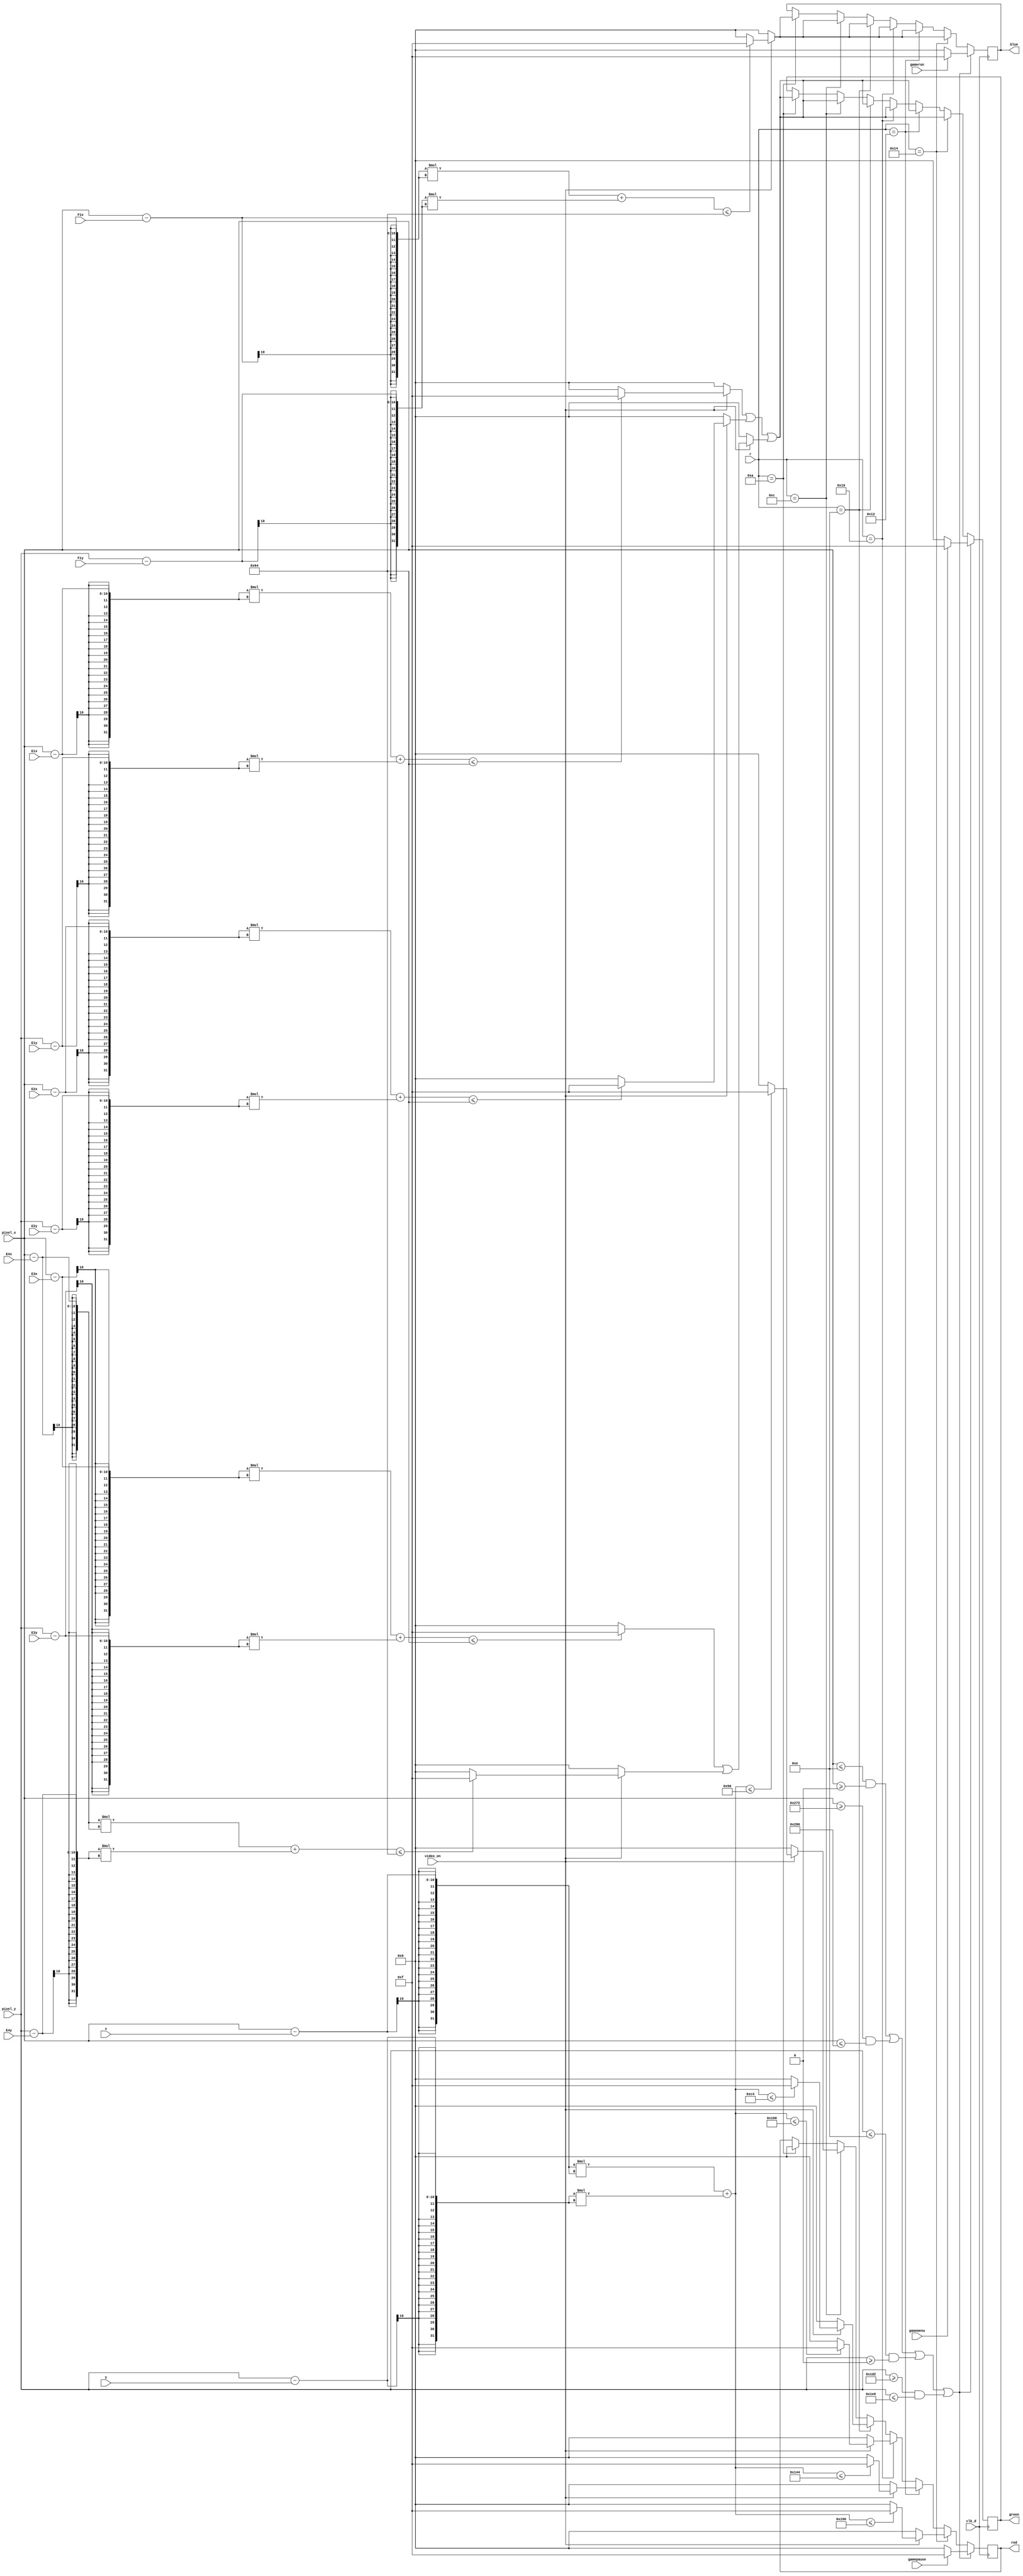
module circle_gen(
  input clk_d,
  input [9:0] pixel_x,
  input [9:0] pixel_y,
  input video_on,
  input [9:0] x, 
  input [9:0] y, 
  input [5:0] r,
  input [9:0] E1x, 
  input [9:0] E1y,
  input [9:0] E2x, 
  input [9:0] E2y,
  input [9:0] E3x, 
  input [9:0] E3y,
  input [9:0] E4x, 
  input [9:0] E4y,
  input [9:0] F1x, 
  input [9:0] F1y,
  input gamemenu,
  input gamerun,
  input gamepause,
  output reg [3:0] red = 0,
  output reg [3:0] green = 0,
  output reg [3:0] blue = 0
  );
  
  
  always @(posedge clk_d) 
  begin
          if ((pixel_x<=14 && pixel_x >=0)||(pixel_x >=626 && pixel_x <=640)||(pixel_y<=14&&pixel_y >=0)||(pixel_y>=466 && pixel_y <= 480)) 
        begin
          red <= gamepause?(((pixel_x<=14 && pixel_x >=0)||(pixel_x >=626 && pixel_x <=640)||(pixel_y<=14&&pixel_y >=0)||(pixel_y>=466 && pixel_y <= 480))?(4'hF):(4'h0)):(4'h0);
          green <= gamemenu?(((pixel_x<=14 && pixel_x >=0)||(pixel_x >=626 && pixel_x <=640)||(pixel_y<=14&&pixel_y >=0)||(pixel_y>=466 && pixel_y <= 480))?(4'hF):(4'h0)):(4'h0);
          blue <= gamerun?(((pixel_x<=14 && pixel_x >=0)||(pixel_x >=626 && pixel_x <=640)||(pixel_y<=14&&pixel_y >=0)||(pixel_y>=466 && pixel_y <= 480))?(4'hF):(4'h0)):(4'h0);
          end  
          else
       
 
          begin
              if (r == 20)
              begin
                  red <= video_on?((pixel_x - x)*(pixel_x - x) + (pixel_y - y) * (pixel_y - y) <= 20 * 20 ? 4'hF:4'h0):(4'h0);
                  green <= (video_on?((pixel_x - E1x)*(pixel_x - E1x) + (pixel_y - E1y) * (pixel_y - E1y) <= 10 * 10 ? 4'hF:4'h0):(4'h0)) | (video_on?((pixel_x - E2x)*(pixel_x - E2x) + (pixel_y - E2y) * (pixel_y - E2y) <= 10 * 10 ? 4'hF:4'h0):(4'h0))|(video_on?((pixel_x - E3x)*(pixel_x - E3x) + (pixel_y - E3y) * (pixel_y - E3y) <= 10 * 10 ? 4'hF:4'h0) | (video_on?((pixel_x - E4x)*(pixel_x - E4x) + (pixel_y - E4y) * (pixel_y - E4y) <= 10 * 10 ? 4'hF:4'h0):(4'h0)):(4'h0));
                  blue <= video_on?((pixel_x - F1x)*(pixel_x - F1x) + (pixel_y - F1y) * (pixel_y - F1y) <= 10 * 10 ? 4'hF:4'h0):(4'h0);
              end
              else if (r == 18)
              begin 
                  red <= video_on?((pixel_x - x)*(pixel_x - x) + (pixel_y - y) * (pixel_y - y) <= 18 * 18 ? 4'hF:4'h0):(4'h0);
                  green <= (video_on?((pixel_x - E1x)*(pixel_x - E1x) + (pixel_y - E1y) * (pixel_y - E1y) <= 10 * 10 ? 4'hF:4'h0):(4'h0)) | (video_on?((pixel_x - E2x)*(pixel_x - E2x) + (pixel_y - E2y) * (pixel_y - E2y) <= 10 * 10 ? 4'hF:4'h0):(4'h0))|(video_on?((pixel_x - E3x)*(pixel_x - E3x) + (pixel_y - E3y) * (pixel_y - E3y) <= 10 * 10 ? 4'hF:4'h0) | (video_on?((pixel_x - E4x)*(pixel_x - E4x) + (pixel_y - E4y) * (pixel_y - E4y) <= 10 * 10 ? 4'hF:4'h0):(4'h0)):(4'h0));
                  blue <= video_on?((pixel_x - F1x)*(pixel_x - F1x) + (pixel_y - F1y) * (pixel_y - F1y) <= 10 * 10 ? 4'hF:4'h0):(4'h0);
              end
              else if (r == 16)
              begin 
                  red <= video_on?((pixel_x - x)*(pixel_x - x) + (pixel_y - y) * (pixel_y - y) <= 16 * 16 ? 4'hF:4'h0):(4'h0);
                  green <= (video_on?((pixel_x - E1x)*(pixel_x - E1x) + (pixel_y - E1y) * (pixel_y - E1y) <= 10 * 10 ? 4'hF:4'h0):(4'h0)) | (video_on?((pixel_x - E2x)*(pixel_x - E2x) + (pixel_y - E2y) * (pixel_y - E2y) <= 10 * 10 ? 4'hF:4'h0):(4'h0))|(video_on?((pixel_x - E3x)*(pixel_x - E3x) + (pixel_y - E3y) * (pixel_y - E3y) <= 10 * 10 ? 4'hF:4'h0) | (video_on?((pixel_x - E4x)*(pixel_x - E4x) + (pixel_y - E4y) * (pixel_y - E4y) <= 10 * 10 ? 4'hF:4'h0):(4'h0)):(4'h0));
                  blue <= video_on?((pixel_x - F1x)*(pixel_x - F1x) + (pixel_y - F1y) * (pixel_y - F1y) <= 10 * 10 ? 4'hF:4'h0):(4'h0);
              end
              else if (r == 14)
              begin 
                  red <= video_on?((pixel_x - x)*(pixel_x - x) + (pixel_y - y) * (pixel_y - y) <= 14 * 14 ? 4'hF:4'h0):(4'h0);
                  green <= (video_on?((pixel_x - E1x)*(pixel_x - E1x) + (pixel_y - E1y) * (pixel_y - E1y) <= 10 * 10 ? 4'hF:4'h0):(4'h0)) | (video_on?((pixel_x - E2x)*(pixel_x - E2x) + (pixel_y - E2y) * (pixel_y - E2y) <= 10 * 10 ? 4'hF:4'h0):(4'h0))|(video_on?((pixel_x - E3x)*(pixel_x - E3x) + (pixel_y - E3y) * (pixel_y - E3y) <= 10 * 10 ? 4'hF:4'h0) | (video_on?((pixel_x - E4x)*(pixel_x - E4x) + (pixel_y - E4y) * (pixel_y - E4y) <= 10 * 10 ? 4'hF:4'h0):(4'h0)):(4'h0));
                  blue <= video_on?((pixel_x - F1x)*(pixel_x - F1x) + (pixel_y - F1y) * (pixel_y - F1y) <= 10 * 10 ? 4'hF:4'h0):(4'h0);
              end
              else if (r == 12)
              begin 
                  red <= video_on?((pixel_x - x)*(pixel_x - x) + (pixel_y - y) * (pixel_y - y) <= 12 * 12 ? 4'hF:4'h0):(4'h0);
                  green <= (video_on?((pixel_x - E1x)*(pixel_x - E1x) + (pixel_y - E1y) * (pixel_y - E1y) <= 10 * 10 ? 4'hF:4'h0):(4'h0)) | (video_on?((pixel_x - E2x)*(pixel_x - E2x) + (pixel_y - E2y) * (pixel_y - E2y) <= 10 * 10 ? 4'hF:4'h0):(4'h0))|(video_on?((pixel_x - E3x)*(pixel_x - E3x) + (pixel_y - E3y) * (pixel_y - E3y) <= 10 * 10 ? 4'hF:4'h0) | (video_on?((pixel_x - E4x)*(pixel_x - E4x) + (pixel_y - E4y) * (pixel_y - E4y) <= 10 * 10 ? 4'hF:4'h0):(4'h0)):(4'h0));
                  blue <= video_on?((pixel_x - F1x)*(pixel_x - F1x) + (pixel_y - F1y) * (pixel_y - F1y) <= 10 * 10 ? 4'hF:4'h0):(4'h0);
              end
              else if (r == 10)
              begin 
                  red <= 4'h0;
                  green <= (video_on?((pixel_x - E1x)*(pixel_x - E1x) + (pixel_y - E1y) * (pixel_y - E1y) <= 10 * 10 ? 4'hF:4'h0):(4'h0)) | (video_on?((pixel_x - E2x)*(pixel_x - E2x) + (pixel_y - E2y) * (pixel_y - E2y) <= 10 * 10 ? 4'hF:4'h0):(4'h0))|(video_on?((pixel_x - E3x)*(pixel_x - E3x) + (pixel_y - E3y) * (pixel_y - E3y) <= 10 * 10 ? 4'hF:4'h0) | (video_on?((pixel_x - E4x)*(pixel_x - E4x) + (pixel_y - E4y) * (pixel_y - E4y) <= 10 * 10 ? 4'hF:4'h0):(4'h0)):(4'h0));
                  blue <= video_on?((pixel_x - F1x)*(pixel_x - F1x) + (pixel_y - F1y) * (pixel_y - F1y) <= 10 * 10 ? 4'hF:4'h0):(4'h0);
              end
          end
  
   end

endmodule